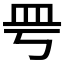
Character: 𥀿